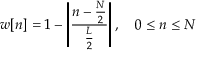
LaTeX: w [ n ] = 1 - \left| { \frac { n - { \frac { N } { 2 } } } { \frac { L } { 2 } } } \right| , \quad 0 \leq n \leq N